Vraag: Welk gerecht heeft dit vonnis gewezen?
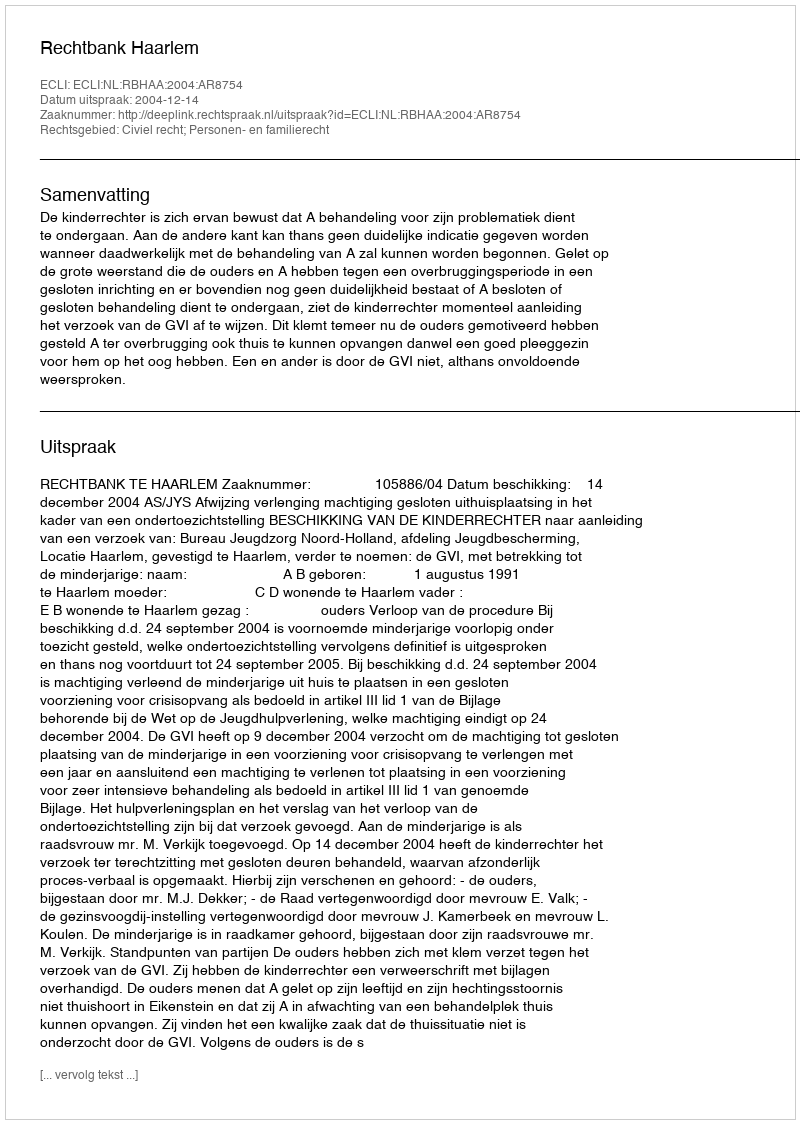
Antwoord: Rechtbank Haarlem